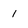
Character: 1